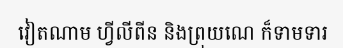
វៀតណាម ហ្វីលីពីន និងព្រុយណេ ក៏ទាមទារ